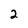
Character: 2